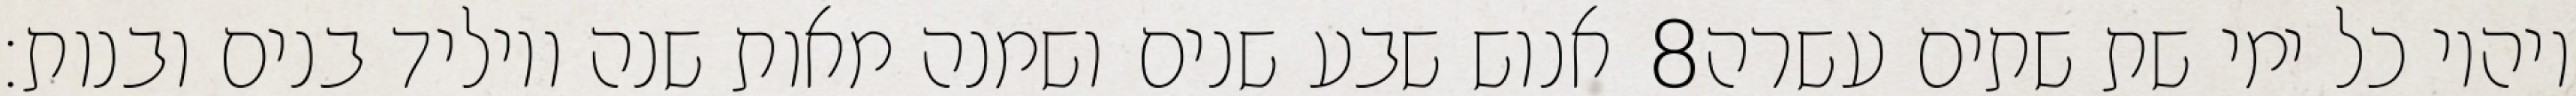
אנוש שבע שנים ושמנה מאות שנה ויוליד בנים ובנות׃ ‎8‏ ויהיו כל ימי שת שתים עשרה